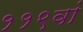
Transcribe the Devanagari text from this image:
११९वां